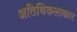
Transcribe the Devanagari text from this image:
अतिथिकलाकार